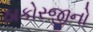
ઠાકોરજીનો